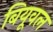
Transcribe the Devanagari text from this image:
बियूवल